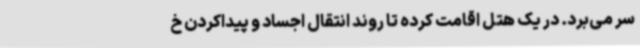
سر می‌برد. در یک هتل اقامت کرده تا روند انتقال اجساد و پیداکردن خ